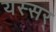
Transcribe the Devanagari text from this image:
यस्सर्